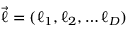
\vec { \ell } = ( \ell _ { 1 } , \ell _ { 2 } , \dots \ell _ { D } )